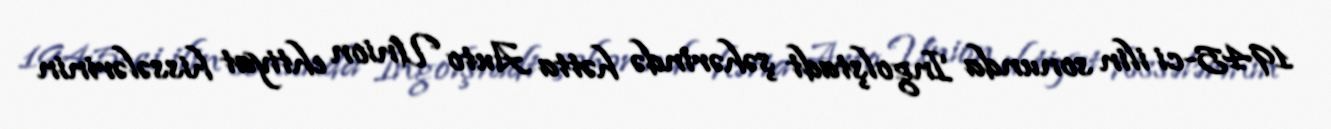
1945-ci ilin sonunda Ingolştadt şəhərində hətta Auto Union ehtiyat hissələrinin